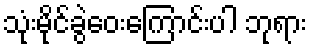
သုံးမိုင်ခွဲဝေးကြောင်းပါ ဘုရား